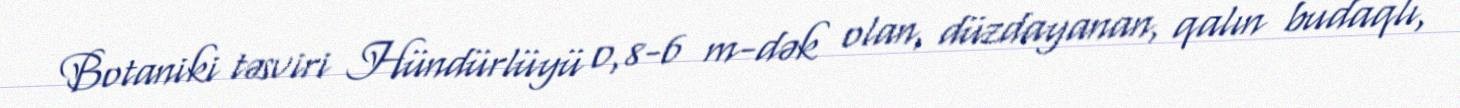
Botaniki təsviri Hündürlüyü 0,8-6 m-dək olan, düzdayanan, qalın budaqlı,